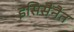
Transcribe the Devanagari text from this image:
इसिसैनैत